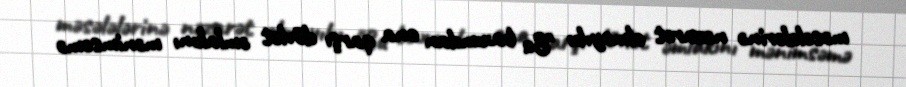
məsələlərinə nəzarət olmayıb: "Bu baxımdan ona qarşı dövlət əmlakını mənimsəmə